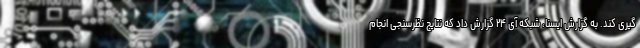
گیری کند. به گزارش ایسنا، شبکه آی ۲۴ گزارش داد که نتایج نظرسنجی انجام